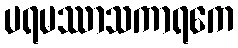
ပရမဿာသကာရကေ